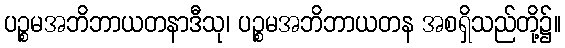
ပဉ္စမအဘိဘာယတနာဒီသု၊ ပဉ္စမအဘိဘာယတန အစရှိသည်တို့၌။